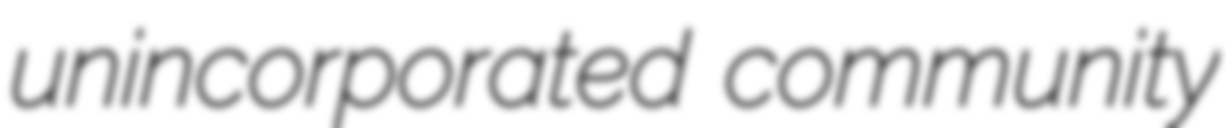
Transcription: unincorporated community